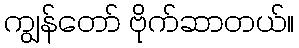
ကျွန်တော် ဗိုက်ဆာတယ်။